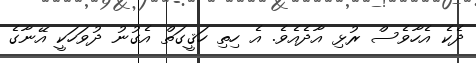
ދެކެ އެހާވެސް ރުޅި އާދެއެވެ. އެ ހިތި ހަޤީގަތް އެގުނު ދުވަހަކީ އޭނާގެ